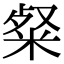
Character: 粲